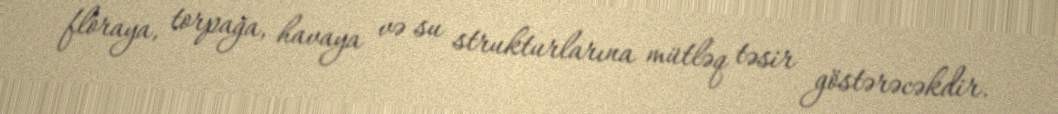
floraya, torpağa, havaya və su strukturlarına mütləq təsir göstərəcəkdir.